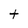
Character: t